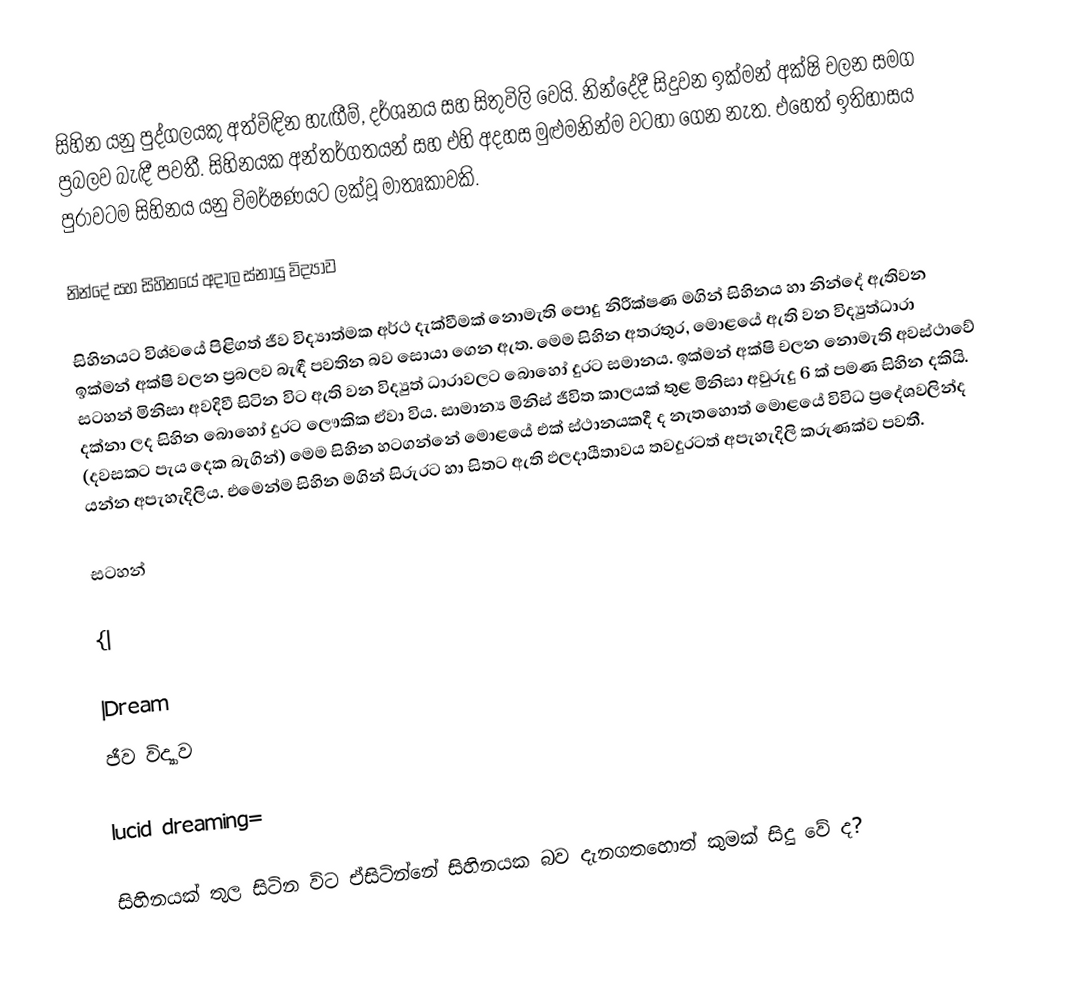
සිහින යනු පුද්ගලයකු අත්විඳින හැඟීම්, දර්ශනය සහ සිතුවිලි වෙයි. නින්දේදී සිදුවන ඉක්මන් අක්ෂි චලන සමග ප්‍රබලව බැඳී පවතී. සිහිනයක අන්තර්ගතයන් සහ එහි අදහස මුළුමනින්ම වටහා ගෙන නැත. එහෙත් ඉතිහාසය පුරාවටම සිහිනය යනු විමර්ෂණයට ලක්වූ මාතෘකාවකි.

නින්දේ සහ සිහිනයේ අදාල ස්නායු විද්‍යාව

සිහිනයට විශ්වයේ පිළිගත් ජීව විද්‍යාත්මක අර්ථ දැක්වීමක් නොමැති පොදු නිරීක්ෂණ මගින් සිහිනය හා නින්දේ ඇතිවන ඉක්මන් අක්ෂි වලන ප්‍රබලව බැඳී පවතින බව සොයා ගෙන ඇත. මෙම සිහින අතරතුර, මොළයේ ඇති වන විද්‍යුත්ධාරා සටහන් මිනිසා අවදිවී සිටින විට ඇති වන විද්‍යුත් ධාරාවලට බොහෝ දුරට සමානය. ඉක්මන් අක්ෂි චලන නොමැති අවස්ථාවේ දක්නා ලද සිහින බොහෝ දුරට ලෞකික ඒවා විය. සාමාන්‍ය මිනිස් ජීවිත කාලයක් තුළ මිනිසා අවුරුදු 6 ක් පමණ සිහින දකියි. (දවසකට පැය දෙක බැගින්) මෙම සිහින හටගන්නේ මොළයේ එක් ස්ථානයකදී ද නැතහොත් මොළයේ විවිධ ප්‍රදේශවලින්ද යන්න අපැහැදිලිය. එමෙන්ම සිහින මගින් සිරුරට හා සිතට ඇති ඵලදායීතාවය තවදුරටත් අපැහැදිලි කරුණක්ව පවතී.

සටහන්

{|

|Dream
ජීව විද්‍යාව

lucid dreaming=

සිහිනයක් තුල සිටින විට ඒසිටින්නේ සිහිනයක බව දැනගතහොත් කුමක් සිදු වේ ද?